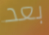
بعد